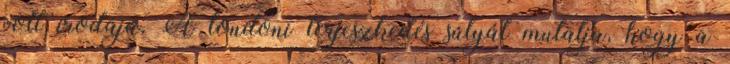
volt irodája. A londoni terjeszkedés súlyát mutatja, hogy a